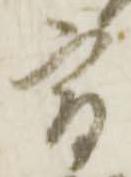
宿